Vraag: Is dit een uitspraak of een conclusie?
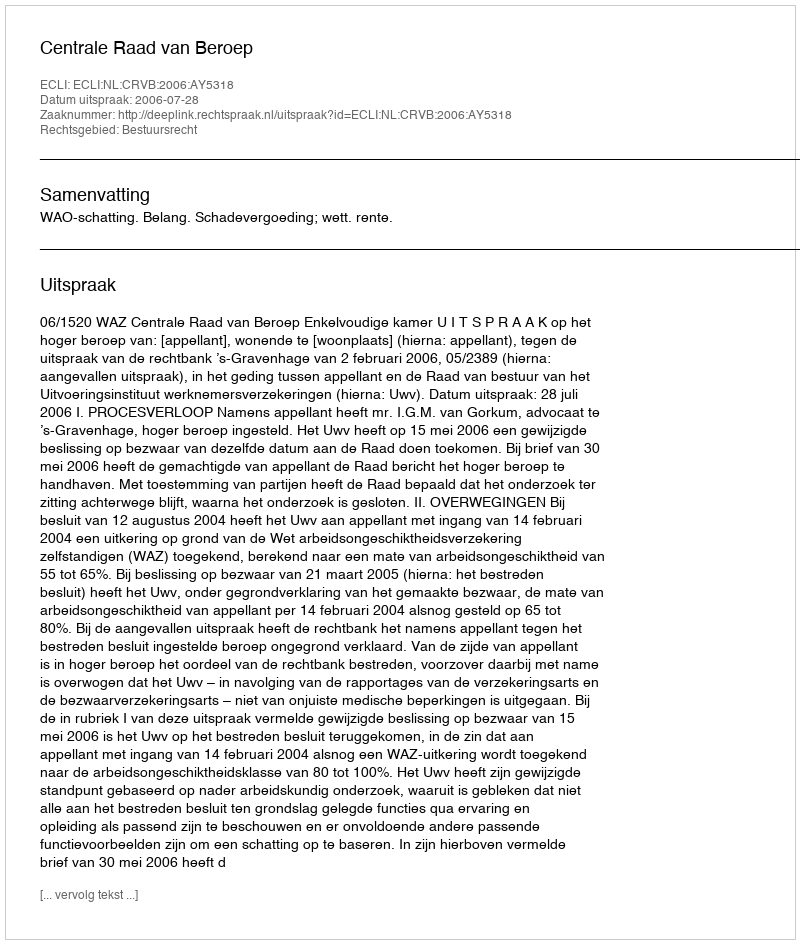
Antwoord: Uitspraak